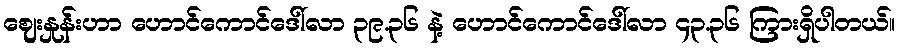
ဈေးနှုန်းဟာ ဟောင်ကောင်ဒေါ်လာ ၃၉.၃၆ နဲ့ ဟောင်ကောင်ဒေါ်လာ ၄၃.၃၆ ကြားရှိပါတယ်။